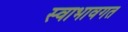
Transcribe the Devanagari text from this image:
स्वाभावगत